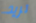
تريد